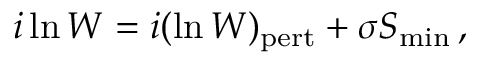
i \ln W = i ( \ln W ) _ { \mathrm { p e r t } } + \sigma S _ { \mathrm { m i n } } \, ,